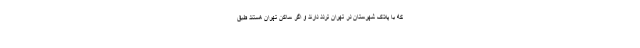
که با پلاک شهرستان در تهران تردد دارند و اگر ساکن تهران هستند طبق